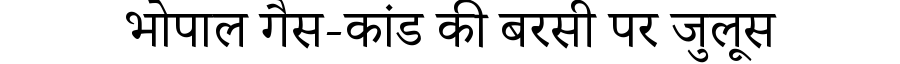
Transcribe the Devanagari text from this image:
भोपाल गैस-कांड की बरसी पर जुलूस